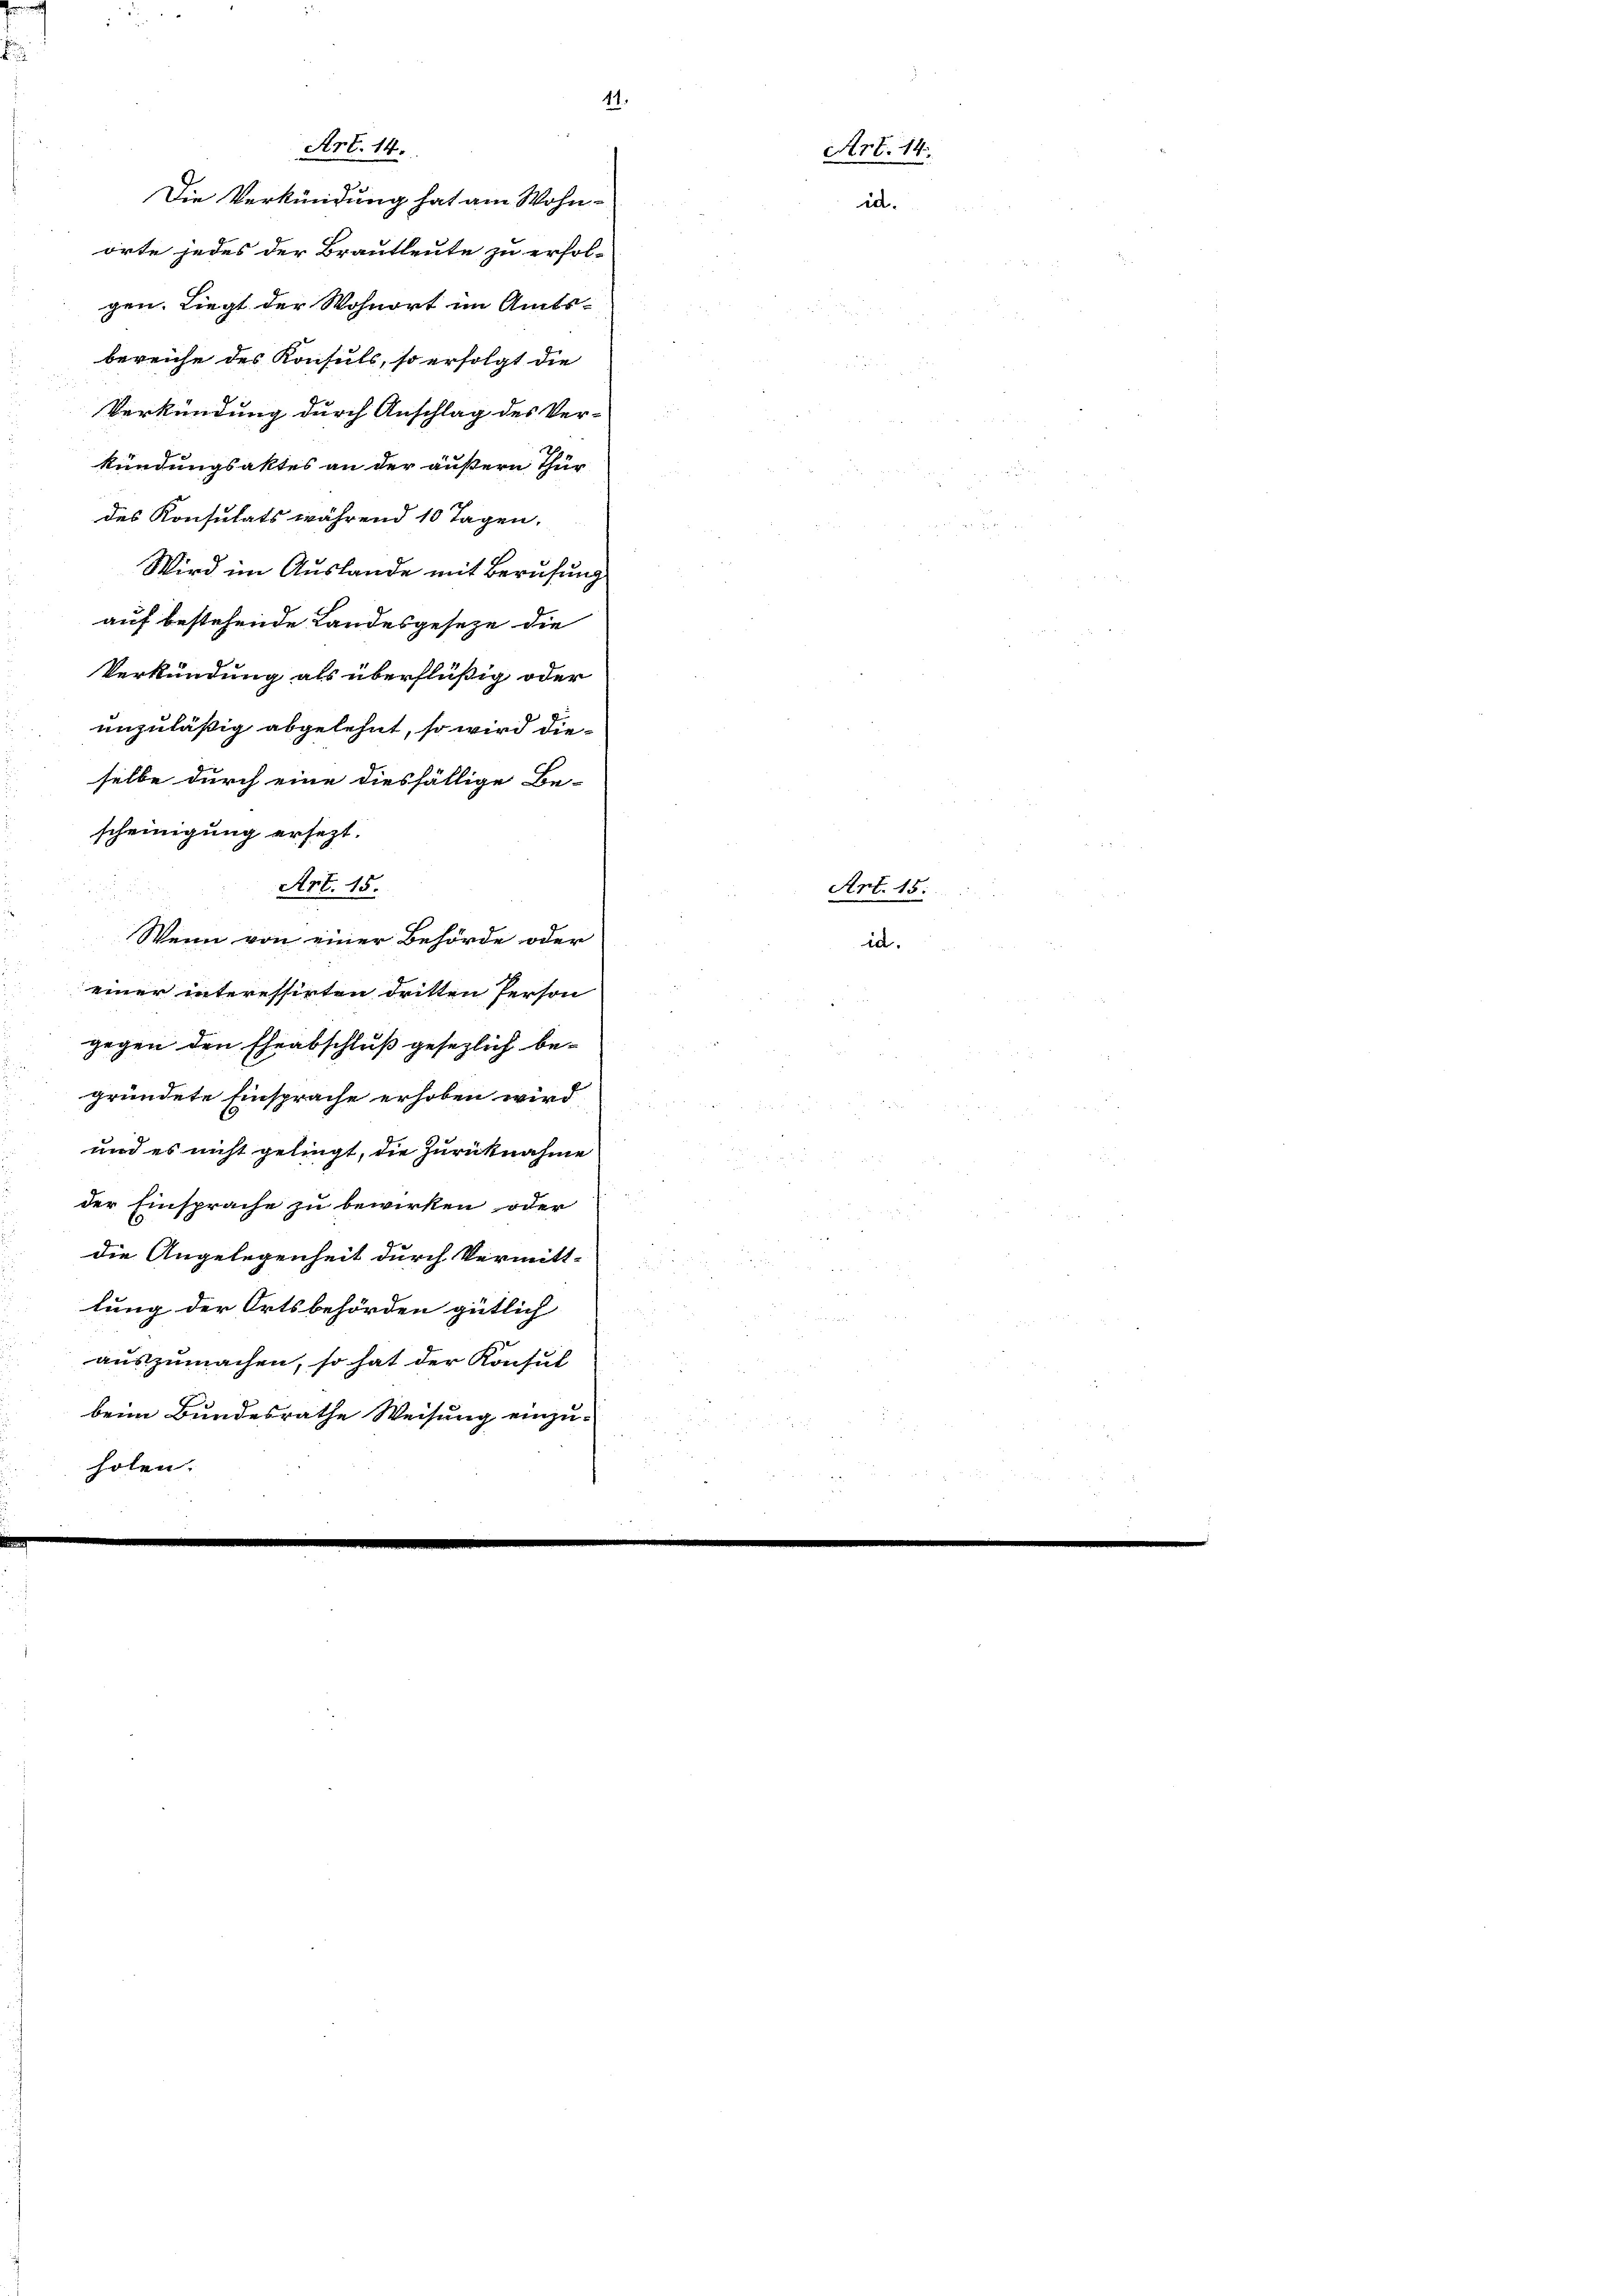
Art. 14.
Die Verkündung hat am Wohn-
orte jedes der Brautleute zu erfol-
gen. Liegt der Wohnort im Amts-
bereiche des Konsuls, so erfolgt die
Verkündung durch Anschlag des Ver-
kündungsaktes an der äußern Thur
des Konsulats während 10 Tagen,
Wird im Auslande mit Berufung
auf bestehende Landesgesetze die
Verkündung als überflüßig oder
unzuläßig abgelehnt, so wird dieselbe durch eine diesfällige Be-
scheinigung ersezt.
Art. 15.
Wenn von einer Behörde oder
einer interessirten dritten Person
gegen den Eheabschluß gesezlich begründete Einsprache erhoben wird.
und es nicht gelingt, die Zurücknahme
der Einsprache zu bewirken oder
die Angelegenheit durch Vermitt-
lung der Ortsbehörden gütlich
auszumachen, so hat der Konsul
beim Bundesrathe Weisung einzuholen.

11.

Art. 14.
id.

Art. 15

id.